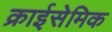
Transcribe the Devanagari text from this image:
क्राईसेमिक